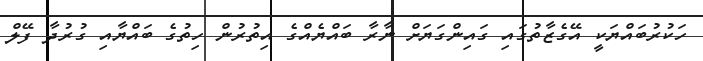
ހަކުރުބައްޔަކީ އޭގެޒާތުގައި ގައިންގަޔަށް ނާރާ ބައްޔެއްގެ އިތުރުން ހިތުގެ ބައްޔާއި ގުރުދާ ފޭލް